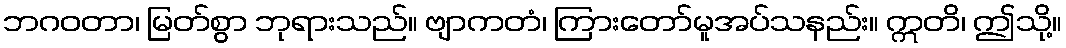
ဘဂဝတာ၊ မြတ်စွာ ဘုရားသည်။ ဗျာကတံ၊ ကြားတော်မူအပ်သနည်း။ ဣတိ၊ ဤသို့။